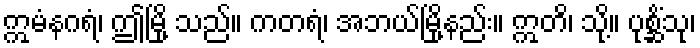
ဣမံနဂရံ၊ ဤမြို့ သည်။ ကတရံ၊ အဘယ်မြို့နည်း။ ဣတိ၊ သို့။ ပုစ္ဆိံသု၊